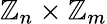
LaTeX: \mathbb{Z}_{n}\times\mathbb{Z}_{m}